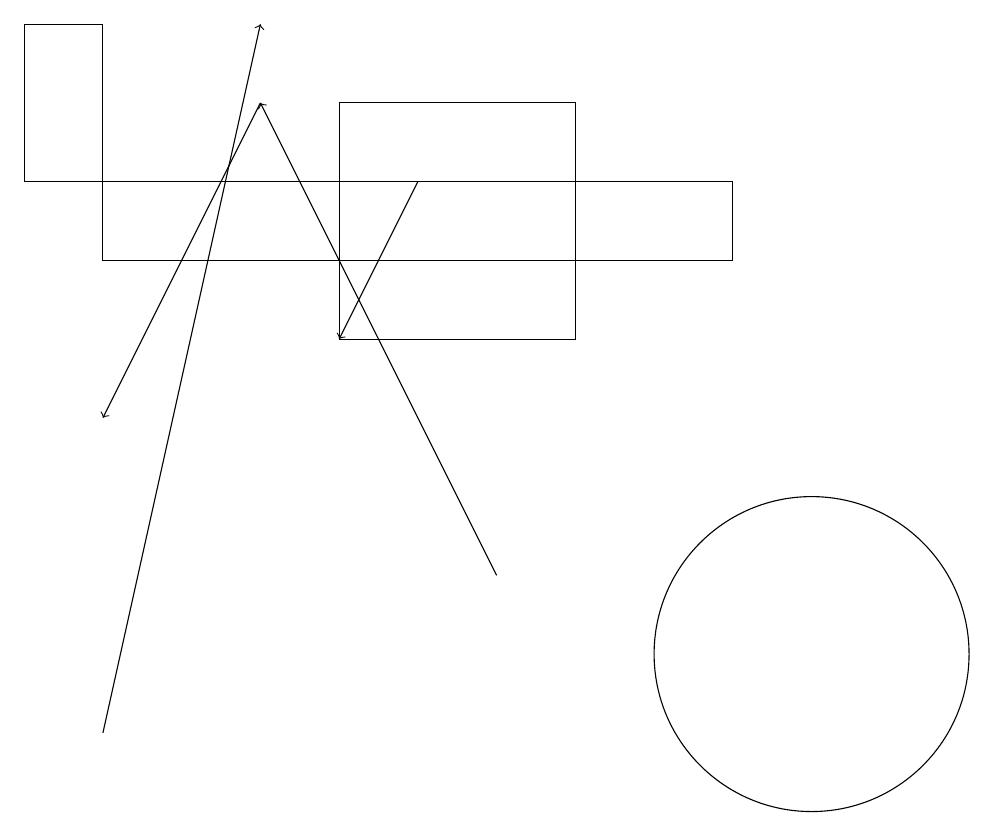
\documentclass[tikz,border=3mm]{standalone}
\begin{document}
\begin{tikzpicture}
\draw[->] (1,10) -- (3,19);
\draw (1,16) rectangle (9,17);
\draw (7,15) rectangle (4,18);
\draw[->] (3,18) -- (1,14);
\draw[->] (6,12) -- (3,18);
\draw (1,17) rectangle (0,19);
\draw (10,11) circle (2);
\draw[->] (5,17) -- (4,15);
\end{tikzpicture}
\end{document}